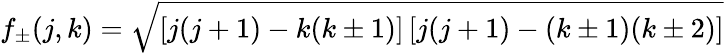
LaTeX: f_{\pm}(j,k)=\sqrt{\left[j(j+1)-k(k\pm 1)\right]\left[j(j+1)-(k\pm 1)(k\pm 2)\right]}